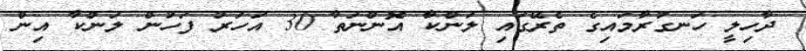
ދާހިލީ ހަނގުރާމައިގެ ތެރޭގައި ލަންކާ އޮންނަތާ 30 އަހަރު ފަހުން ލަންކާ އިން